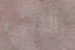
رالفي